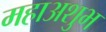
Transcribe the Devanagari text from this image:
महाअशुभ